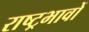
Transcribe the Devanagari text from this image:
राष्ट्रभावों